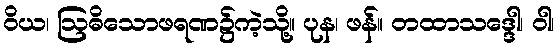
ဝိယ၊ ဩဓိသောဖရဏ၌ကဲ့သို့။ ပုန၊ ဖန်။ တထာသဒ္ဒေါ၊ ဝါ၊